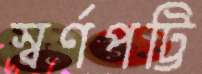
স্বর্ণপট্টি